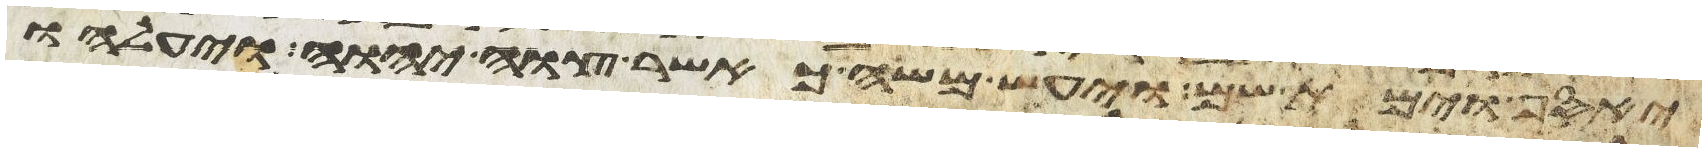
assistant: יאסף וימת שם ויעש משה כאשר צוה יהוה ויעלהו